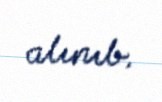
alınıb.